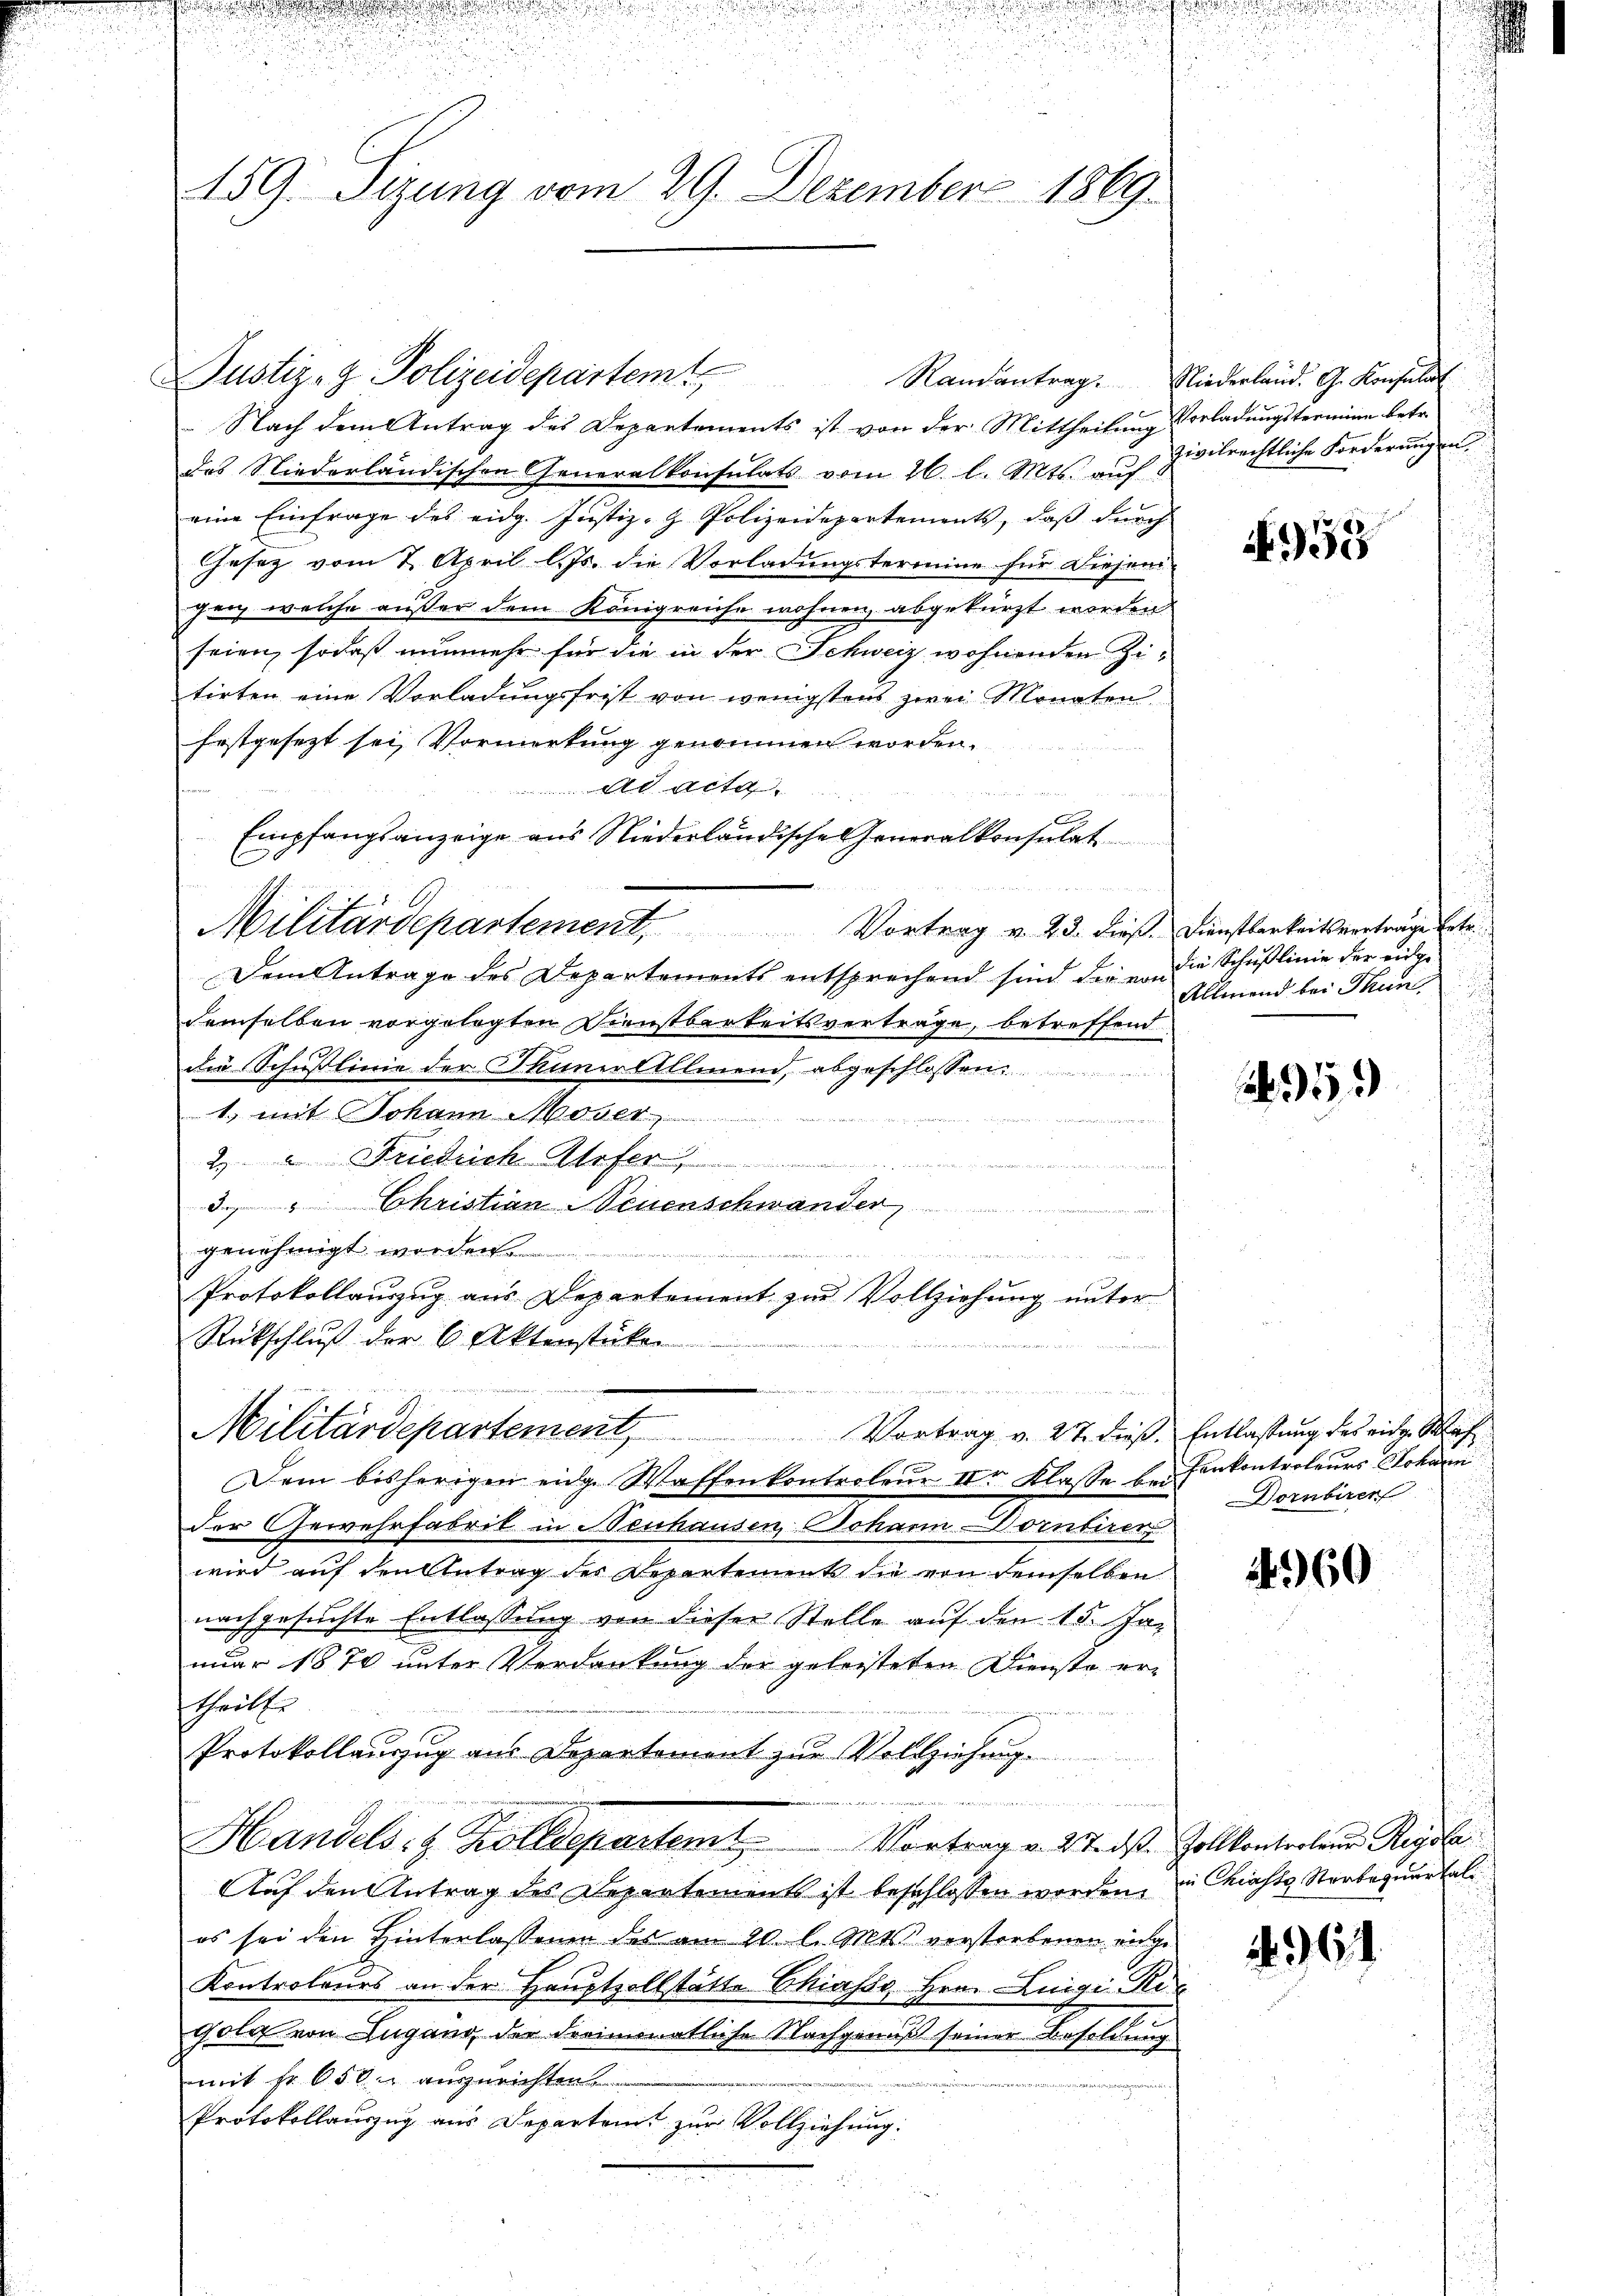
r
159. Sizung vom 29. Dezember 1869.

e
 Nach dem Antrag des Departements ist von der Mittheilung Vorladungstermine betr.
das Niederländischen Generalkonsulats vom 26. l. Mts. auf
eine Einfrage des eidg. Justiz- & Polizeidepartements, daß durch
Gesez vom 2. April l. Js. die Vorladungstermine für diejenijen welche außer dem Königreiche wohnen, abgekürzt worden
seien, sodaß nunmehr für die in der Schweiz wohnenden Zitirten eine Vorladungsfrist von wenigstens zwei Monaten
festgesezt sei, Vormerkung genommen worden.
ad acta
 werden und
Empfangsanzeige aus Niederländische Generalkonsulat
s
Militärdepartement. Vortrag v. 23. dieß. Dienstbarkeitsverträge betr.
Dem Antrage des Departements entsprechend sind die von die Schußlinie der eidgedemselben vorgelegten Dienstbarkeitsverträge, betreffend
die Schußlinie der Thuner Allmend, abgeschlossen
1., mit Johann Moser

2.  Friedrich Anfer
3. " Christian Neuenschwander
genehmigt worde

Protokollauszug aus Departement zur Vollziehung unter
Rückschluß der 6 Aktenstücken

u
Militärdepartement, Vortrag v. 27. dieß. Entlassung des eidg. Wah
Dem bisherigen eidg. Waffenkontroleur der Klasse bei
der Gewehrfabrik in Neuhausen, Johann Dornbiren
wird auf den Antrag der Departement die von demselben
nachgesuchte Entlassung von dieser Stelle auf den 15. Jan
nuar 1870 unter Verdankung der geleisteten Dienste ertheilte
e
Protokollauszug aus Departement zur Vollziehung
u
werte die wurde er den in stellen den der ande
Handels- & Kolldepartemt Vortrag v. Stadt Zollkontrolen Regole
Auf den Antrag des Departement ist beschlossen worden, in Chias Rorbaquartal
es sei den Hinterlassenge des am 20. l. Mts. verstorbenen einge
Kontroleurs an der Hauptvollstätte Chiasso, Hrn. Luigi Re¬
Gold von Lugang der dreimonatliche Nachgenuß seiner Besoldung
mit Fr. 650 n auszurichten.
Protokollauszug aus Departamt zur Vollziehung:

Justiz- & Polizeidepartem

Randantrag. Niederland. G. Konsulat
zivilrechtliche Forderungen

958

Allmend bei Thun,

55

Penkontroleurs Johann
Dombirer

2960

61.